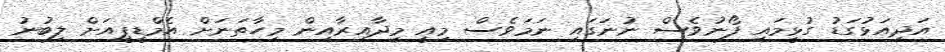
އަދިއަޅުގަޑު ގުޅީމައި ފޯނުވެސް ނުނަގައި ނަމަވެސް މިއީ މިދާއިރާއިން މިހާތަނަށް އެމްޑީޕީއަށް ލިބުނު